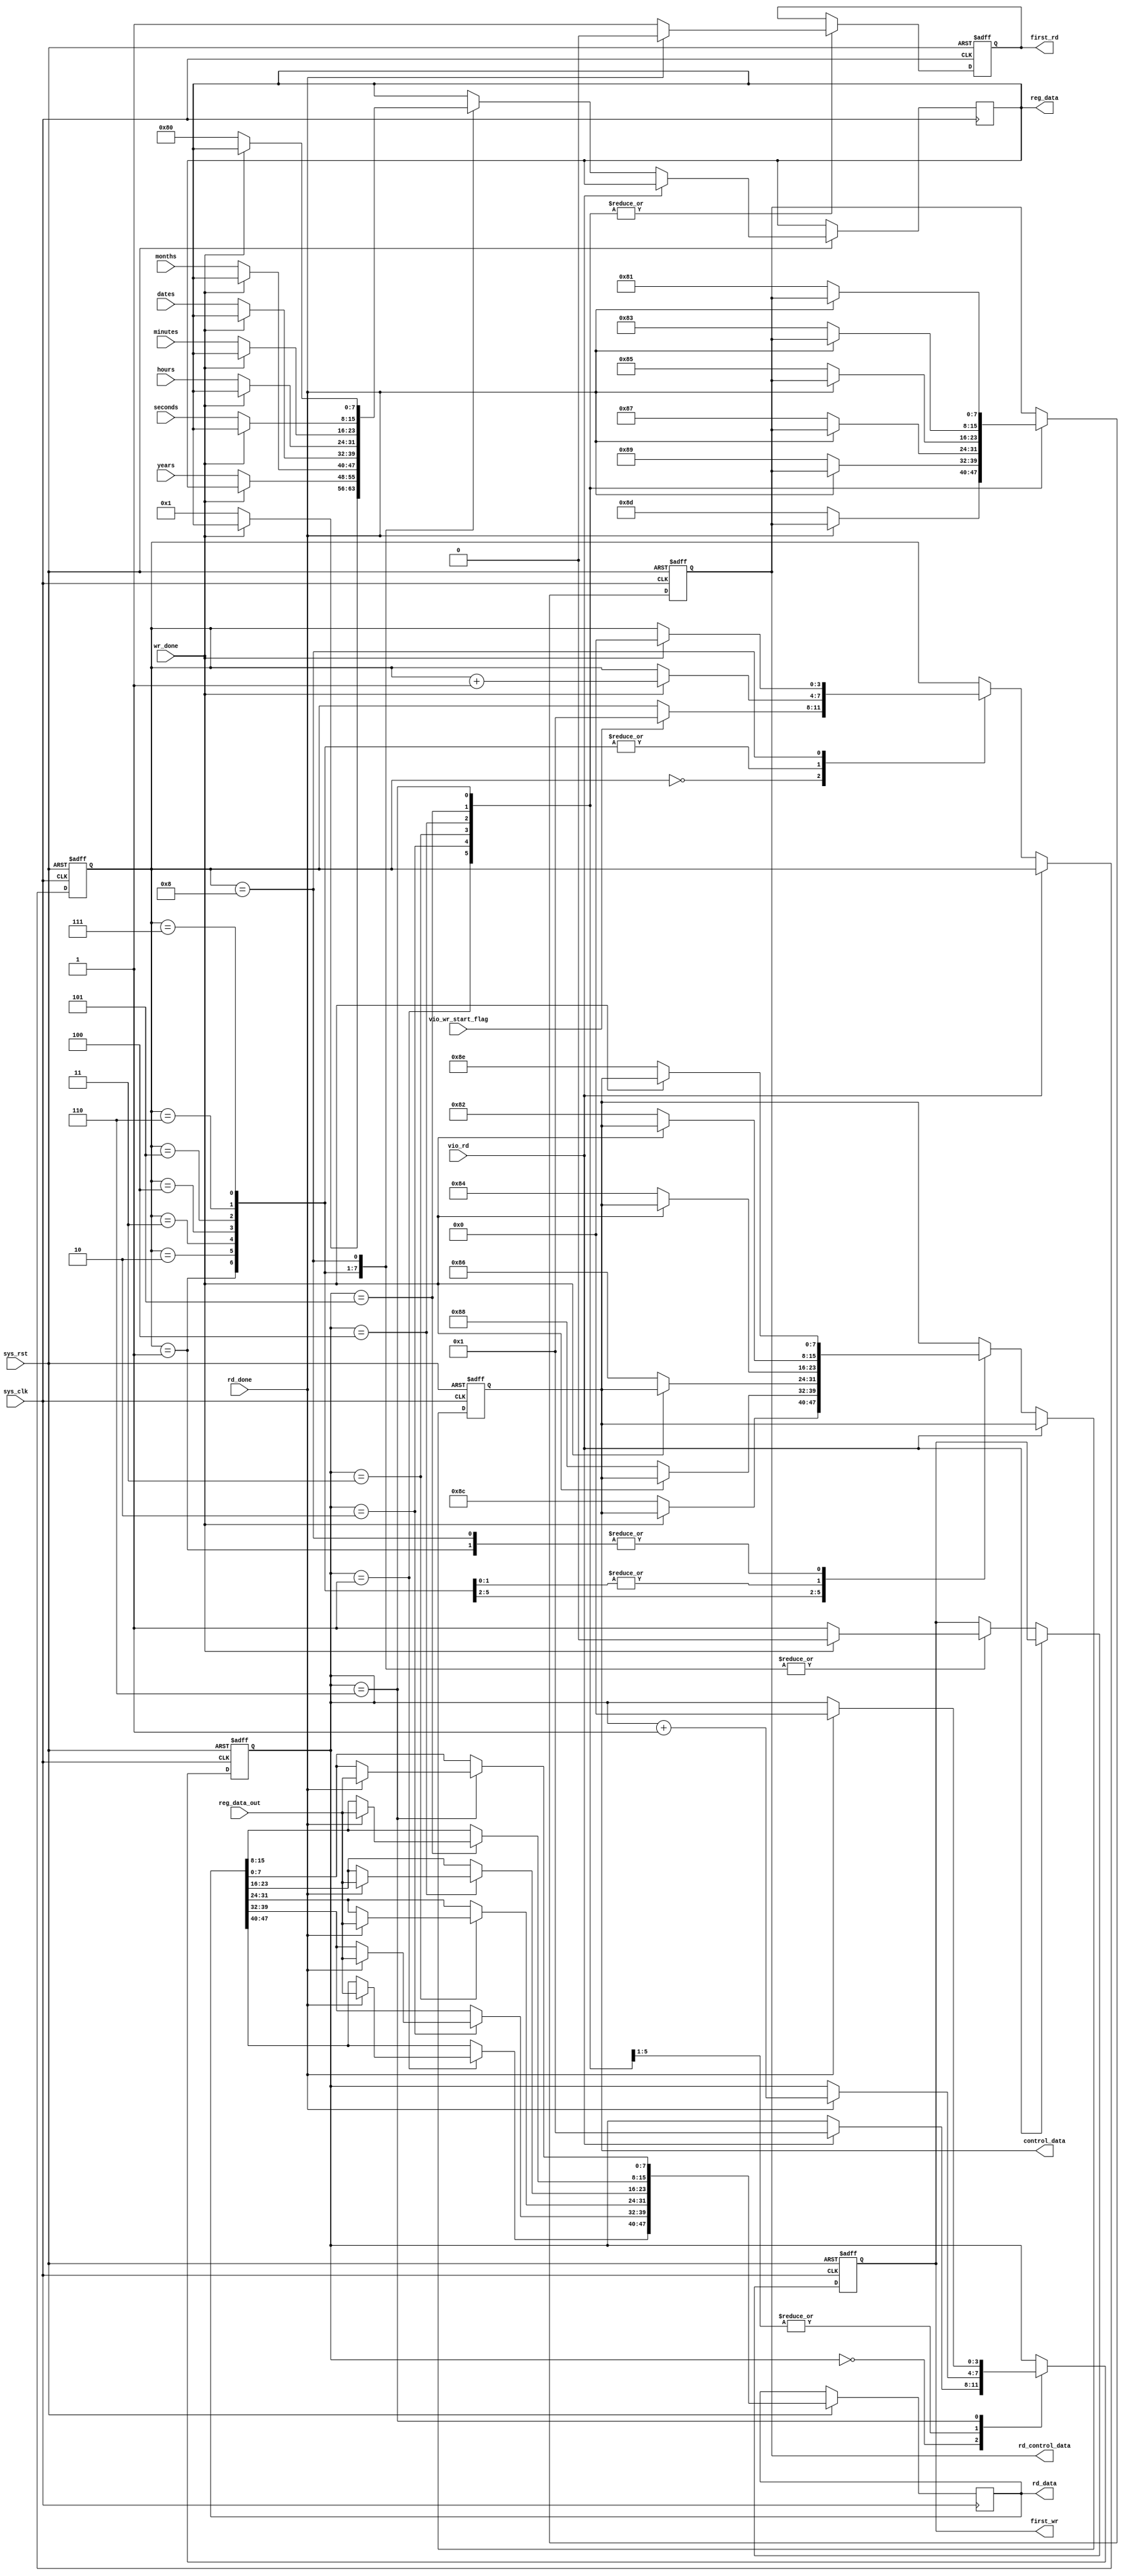
`timescale 1ns / 1ps
//////////////////////////////////////////////////////////////////////////////////
// Company: 
// Engineer: 
// 
// Design Name: 
// Module Name: ds1302_control
// Project Name: 
// Target Devices: 
// Tool Versions: 
// Description: 
// 
// Dependencies: 
// 
// Revision:
// Revision 0.01 - File Created
// Additional Comments:
// 
//////////////////////////////////////////////////////////////////////////////////


module ds1302_control(
    input                       sys_clk             ,           //
    input                       sys_rst             ,           //
	input						vio_wr_start_flag	,           //vio
	input						vio_rd				,           //vio
	input						wr_done				,           //
	input						rd_done				,           //
	input	[7:0]				years				,           //
	input	[7:0]				months				,           //
	input	[7:0]				dates				,           //
	input	[7:0]				hours				,           //
	input	[7:0]				minutes				,           //
	input	[7:0]				seconds				,           //
	input   [7:0]               reg_data_out		,           //
	output	reg					first_wr			,           //
	output	reg					first_rd			,           //
	output	reg		[7:0]		control_data		,           //
	output	reg		[7:0]		reg_data			,           //
	output	reg		[7:0]		rd_control_data		,           //8bit
	output	reg		[47:0]		rd_data				            //
    );
//---------------------------------------------------------------------
// regs
//---------------------------------------------------------------------
	reg		[3:0]				i					;
	reg		[3:0]				j					;

always@(posedge sys_clk or negedge sys_rst)begin
	if(!sys_rst)begin
		i<=1'd0;
		control_data<=8'd0;
		first_wr<=1'd0;
	end else if(!vio_rd)begin
		case(i)
			'd0:if(vio_wr_start_flag)
					i<='d1;
				else
					i<=i;
			'd1:begin if(wr_done)begin
					i<=i+'d1;
					first_wr<=1'd0;
				end else begin
					first_wr<=1'd1;
					control_data<=8'h8E;				//
					reg_data<=8'b0000_0001;
					end
				end 
			'd2:begin if(wr_done)begin
					i<=i+'d1;
					first_wr<=1'd0;
				end else begin
					first_wr<=1'd1;
					control_data<=8'h8C;				//
					reg_data<=years;
					end
				end
			'd3:begin if(wr_done)begin
					i<=i+'d1;
					first_wr<=1'd0;
				end else begin
					first_wr<=1'd1;
					control_data<=8'h88;				//
					reg_data<=months;
					end
				end
			'd4:begin if(wr_done)begin
					i<=i+'d1;
					first_wr<=1'd0;
				end else begin
					first_wr<=1'd1;
					control_data<=8'h86;				//
					reg_data<=dates;
					end
				end
			'd5:begin if(wr_done)begin
					i<=i+'d1;
					first_wr<=1'd0;
				end else begin
					first_wr<=1'd1;
					control_data<=8'h84;				//
					reg_data<=hours;
					end
				end
			'd6:begin if(wr_done)begin
					i<=i+'d1;
					first_wr<=1'd0;
				end else begin
					first_wr<=1'd1;
					control_data<=8'h82;				//
					reg_data<=minutes;
					end
				end
			'd7:begin if(wr_done)begin
					i<=i+'d1;
					first_wr<=1'd0;
				end else begin
					first_wr<=1'd1;
					control_data<=8'h82;				//
					reg_data<=seconds;
					end
				end
			'd8:begin if(wr_done)begin
					i<=1'd0;
					first_wr<=1'd0;
				end else begin
					first_wr<=1'd1;
					control_data<=8'h8E;				//
					reg_data<=8'b1000_0000;
					end
				end
			default:i<=i;
		endcase
	end	else
			i<=i;
end

always@(posedge sys_clk or negedge sys_rst)begin
	if(!sys_rst)begin
		j<=1'd0;
		first_rd<=1'd0;
		rd_control_data<=8'd0;
	end else begin
		case(j)
			'd0:if(vio_rd)
					j<='d1;
				else
					j<=j;
			'd1:begin if(rd_done)begin
					j<=j+'d1;
					first_rd<=1'd0;						
					rd_data[47:40]<=reg_data_out;		//
				end else begin
					first_rd<=1'd1;
					rd_control_data<=8'h8D;				
					end
				end
			'd2:begin if(rd_done)begin
					j<=j+'d1;
					first_rd<=1'd0;
					rd_data[39:32]<=reg_data_out;		//
				end else begin
					first_rd<=1'd1;
					rd_control_data<=8'h89;				
					end
				end
			'd3:begin if(rd_done)begin
					j<=j+'d1;
					first_rd<=1'd0;
					rd_data[31:24]<=reg_data_out;		//
				end else begin
					first_rd<=1'd1;
					rd_control_data<=8'h87;				
					end
				end
			'd4:begin if(rd_done)begin
					j<=j+'d1;
					first_rd<=1'd0;
					rd_data[23:16]<=reg_data_out;		//
				end else begin
					first_rd<=1'd1;
					rd_control_data<=8'h85;				
					end
				end
			'd5:begin if(rd_done)begin
					j<=j+'d1;
					first_rd<=1'd0;
					rd_data[15:8]<=reg_data_out;		//
				end else begin
					first_rd<=1'd1;
					rd_control_data<=8'h83;				
					end
				end
			'd6:begin if(rd_done)begin
					j<=1'd0;
					first_rd<=1'd0;
					rd_data[7:0]<=reg_data_out;			//
				end else begin
					first_rd<=1'd1;
					rd_control_data<=8'h81;				
					end
				end
			default:j<=j;
		endcase
	end
end

endmodule